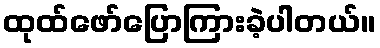
ထုထ်ဖော်ပြောကြားခဲ့ပါတယ်။